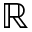
\mathbb { R }